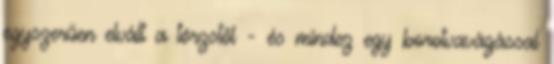
egyszerűen elvált a törzstől - és mindez egy borotvavágással